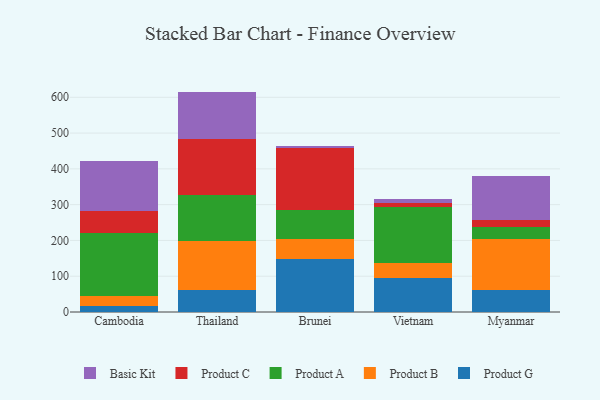
{"axis": {"x": "Country", "y": "Operating Costs (USD K)"}, "legend": ["Basic Kit", "Product A", "Product B", "Product C", "Product G"], "data": [{"x": "Cambodia", "y": 17.6, "type": "Product G"}, {"x": "Cambodia", "y": 25.9, "type": "Product B"}, {"x": "Cambodia", "y": 178.4, "type": "Product A"}, {"x": "Cambodia", "y": 61.5, "type": "Product C"}, {"x": "Cambodia", "y": 138.3, "type": "Basic Kit"}, {"x": "Thailand", "y": 61.1, "type": "Product G"}, {"x": "Thailand", "y": 137.9, "type": "Product B"}, {"x": "Thailand", "y": 127.2, "type": "Product A"}, {"x": "Thailand", "y": 157.0, "type": "Product C"}, {"x": "Thailand", "y": 132.7, "type": "Basic Kit"}, {"x": "Brunei", "y": 148.7, "type": "Product G"}, {"x": "Brunei", "y": 54.1, "type": "Product B"}, {"x": "Brunei", "y": 81.8, "type": "Product A"}, {"x": "Brunei", "y": 174.2, "type": "Product C"}, {"x": "Brunei", "y": 5.9, "type": "Basic Kit"}, {"x": "Vietnam", "y": 94.4, "type": "Product G"}, {"x": "Vietnam", "y": 41.7, "type": "Product B"}, {"x": "Vietnam", "y": 157.7, "type": "Product A"}, {"x": "Vietnam", "y": 10.0, "type": "Product C"}, {"x": "Vietnam", "y": 10.7, "type": "Basic Kit"}, {"x": "Myanmar", "y": 61.8, "type": "Product G"}, {"x": "Myanmar", "y": 142.7, "type": "Product B"}, {"x": "Myanmar", "y": 34.0, "type": "Product A"}, {"x": "Myanmar", "y": 18.3, "type": "Product C"}, {"x": "Myanmar", "y": 123.0, "type": "Basic Kit"}]}